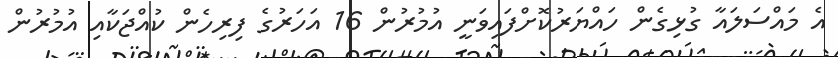
އެ މައްސަލައާ ގުޅިގެން ހައްޔަރުކޮށްފައިވަނީ އުމުރުން 16 އަހަރުގެ ފިރިހެން ކުއްޖަކާއި އުމުރުން